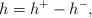
LaTeX: \begin{align*}h=h^{+}-h^{-},\end{align*}